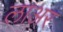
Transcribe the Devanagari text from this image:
लाअर